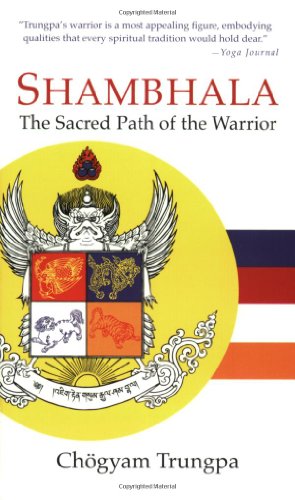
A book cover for Shambhala: The Sacred Path of the Warrior; Chogyam Trungpa; Politics & Social Sciences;